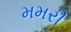
મમરી